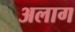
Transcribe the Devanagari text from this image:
अलाग